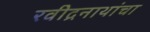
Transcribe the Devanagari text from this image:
रवीद्रनाथांचा